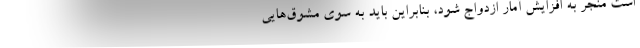
است منجر به افزایش آمار ازدواج شود، بنابراین باید به سوی مشوق‌هایی